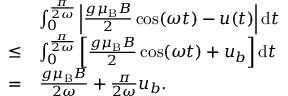
\begin{array} { r l } & { \int _ { 0 } ^ { \frac { \pi } { 2 \omega } } \left| \frac { g \mu _ { \mathrm { B } } B } { 2 } \cos ( \omega t ) - u ( t ) \right| \mathrm { d } t } \\ { \leq } & { \int _ { 0 } ^ { \frac { \pi } { 2 \omega } } \left[ \frac { g \mu _ { \mathrm { B } } B } { 2 } \cos ( \omega t ) + u _ { b } \right] \mathrm { d } t } \\ { = } & { \frac { g \mu _ { \mathrm { B } } B } { 2 \omega } + \frac { \pi } { 2 \omega } u _ { b } . } \end{array}